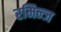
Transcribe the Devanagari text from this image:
रमिन्ज